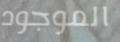
الموجود